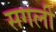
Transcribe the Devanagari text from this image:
सगली